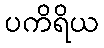
ပကိရိယ